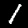
Digit: 1